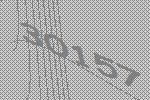
30157